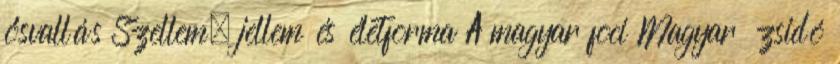
ősvallás Szellem, jellem és életforma A magyar foci Magyar zsidó